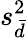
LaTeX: s_{\bar{d}}^{2}